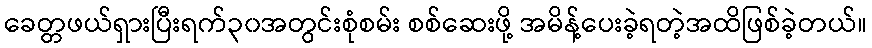
ခေတ္တဖယ်ရှားပြီးရက်၃၀အတွင်းစုံစမ်း စစ်ဆေးဖို့ အမိန့်ပေးခဲ့ရတဲ့အထိဖြစ်ခဲ့တယ်။